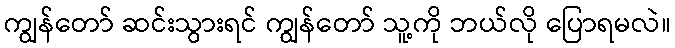
ကျွန်တော် ဆင်းသွားရင် ကျွန်တော် သူ့ကို ဘယ်လို ပြောရမလဲ။